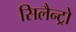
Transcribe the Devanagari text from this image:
सिलैन्ट्रो